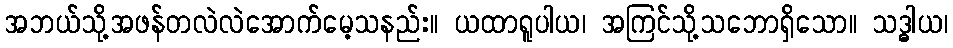
အဘယ်သို့အဖန်တလဲလဲအောက်မေ့သနည်း။ ယထာရူပါယ၊ အကြင်သို့သဘောရှိသော။ သဒ္ဓါယ၊